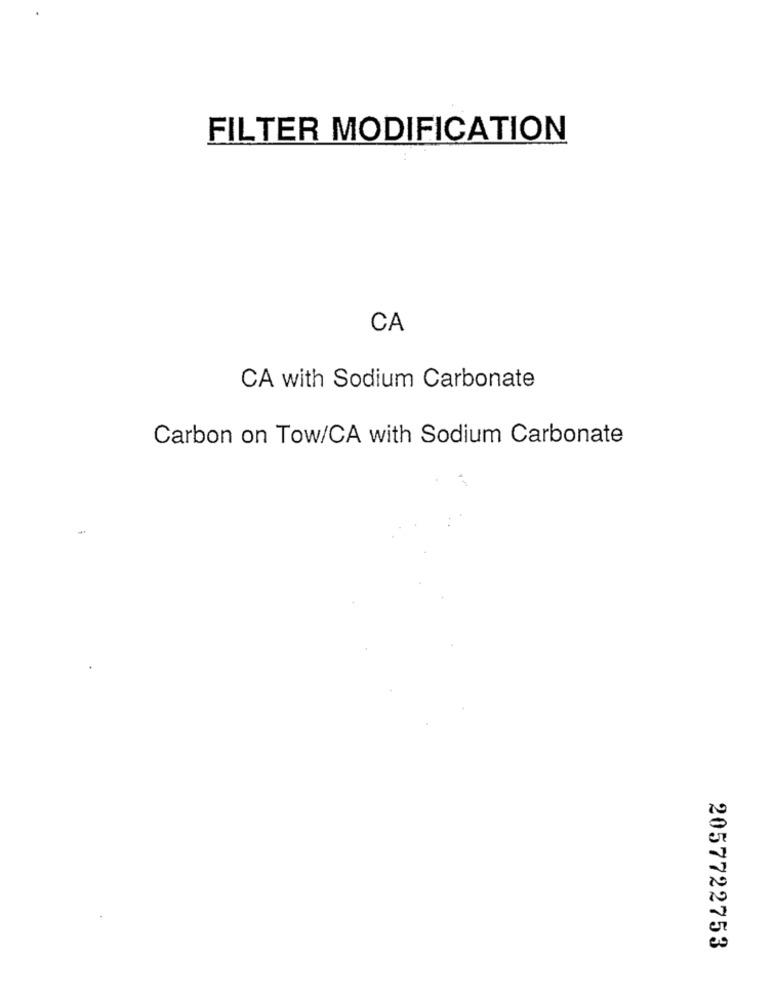
FILTER MODIFICATION
CA
CA with Sodium Carbonate
Carbon on Tow/CA with Sodium Carbonate
2057722753